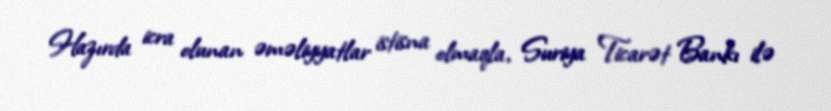
Hazırda icra olunan əməliyyatlar istisna olmaqla, Suriya Ticarət Bankı ilə